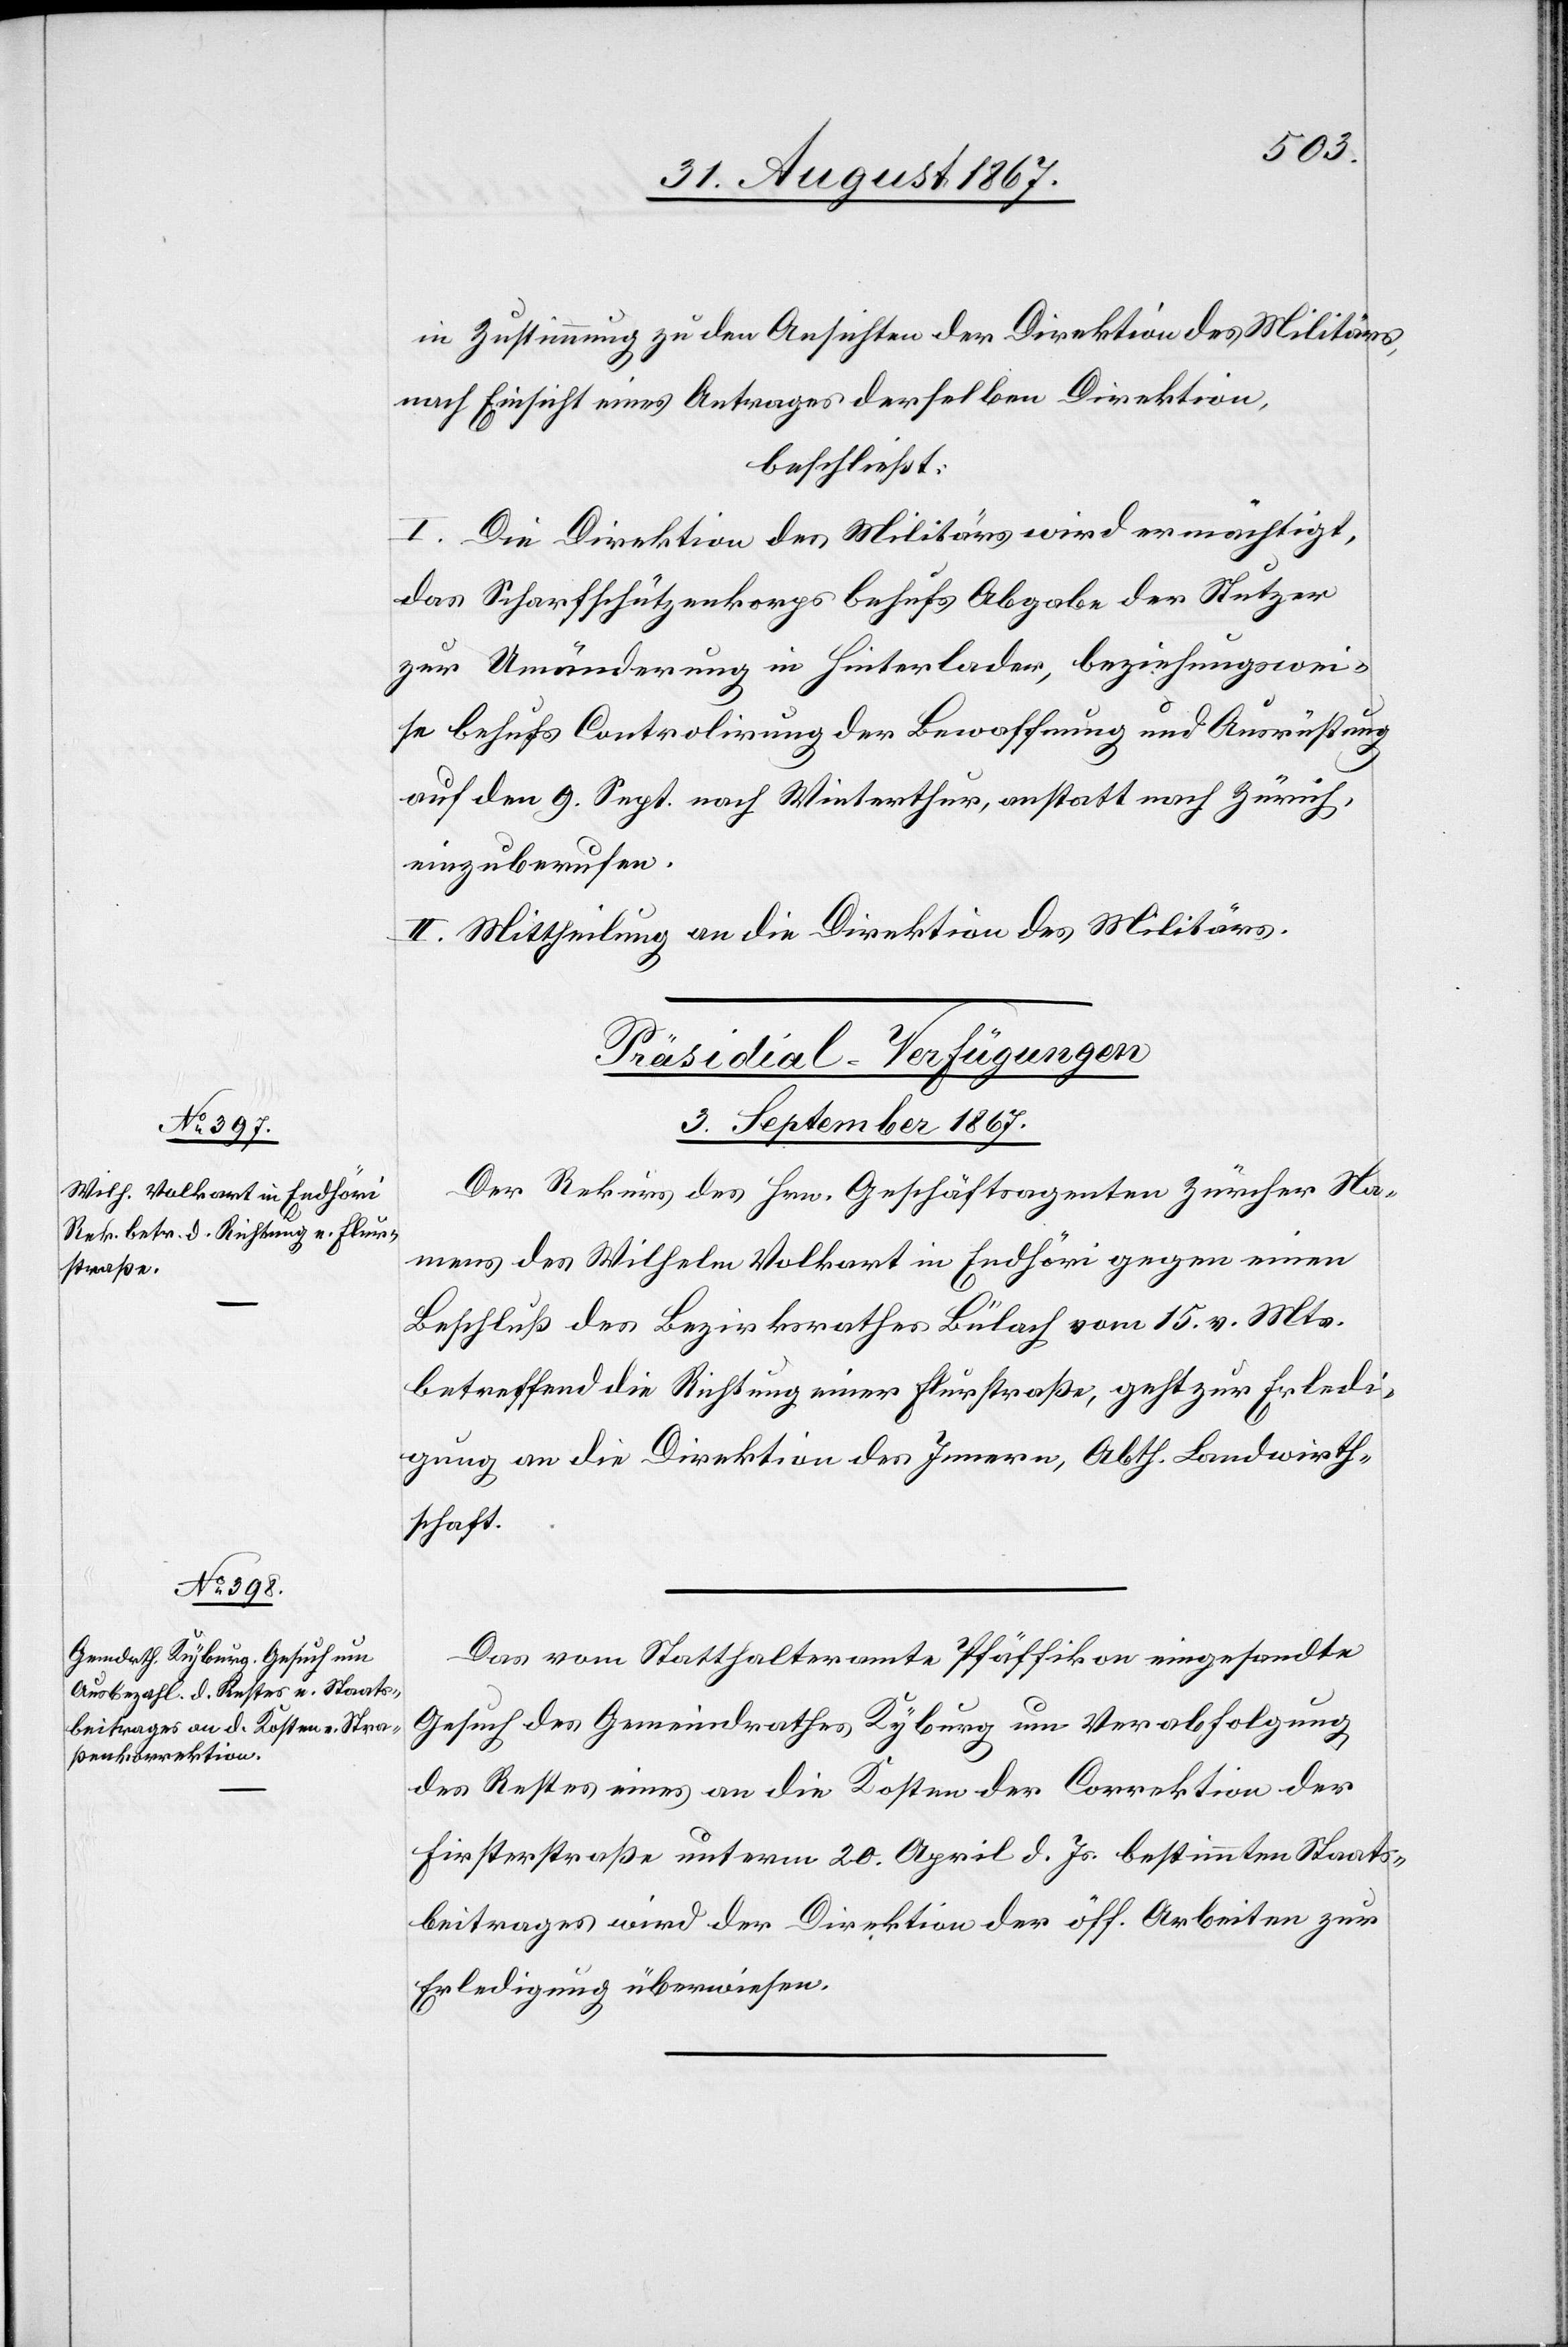
in Zustimmung zu den Ansichten der Direktion des Militärs,
nach Einsicht eines Antrages derselben Direktion,
beschließt:
I. Die Direktion des Militärs wird ermächtigt,
das Scharfschützenkorps behufs Abgabe der Stutzer
zur Umänderung in Hinterlader, beziehungswei¬
se behufs Controlirung der Bewaffnung und Ausrüstung
auf den 9. Sept. nach Winterthur, anstatt nach Zürich,
einzuberufen.
II. Mittheilung an die Direktion des Militärs.
[Präsidial-Verfügungen.
3. September 1867.]
Der Rekurs des Hrn. Geschäftsagenten Zürcher Na¬
mens des Wilhelm Volkart in Endhöri gegen einen
Beschluß des Bezirksrathes Bülach vom 15. v. Mts.
betreffend die Richtung einer Flurstraße, geht zur Erledi¬
gung an die Direktion des Innern, Abth. Landwirth¬
schaft.
Das vom Statthalteramte Pfäffikon eingesandte
Gesuch des Gemeindrathes Kyburg um Verabfolgung
des Restes eines an die Kosten der Correktion der
Firsterstraße unterm 20. April d. Js. bestimmten Staats¬
beitrages wird der Direktion der öff. Arbeiten zur
Erledigung überwiesen.